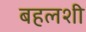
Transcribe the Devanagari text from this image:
बहलशी